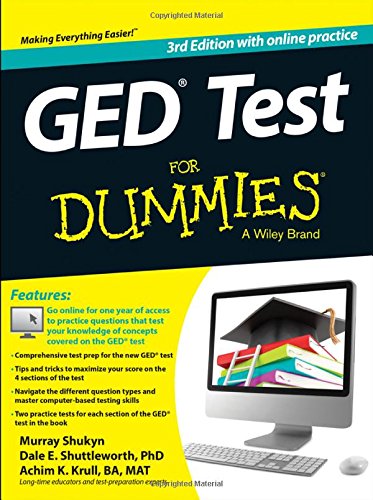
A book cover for GED Test For Dummies: with Online Practice; Murray Shukyn; Test Preparation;